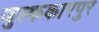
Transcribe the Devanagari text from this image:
जुल्फकारपुर